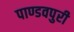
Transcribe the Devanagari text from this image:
पाण्डवपुरी